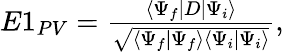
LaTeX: \begin{array}{r}{E1_{PV}=\frac{\langle\Psi_{f}|D|\Psi_{i}\rangle}{\sqrt{\langle\Psi_{f}|\Psi_{f}\rangle\langle\Psi_{i}|\Psi_{i}\rangle}},}\end{array}